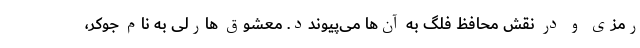
رمزی و در نقش محافظ فلگ به آن‌ها می‌پیوندد. معشوق هارلی به نام جوکر،